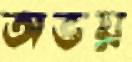
অভয়